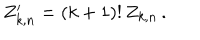
Z _ { k , n } ^ { \prime } = ( k + 1 ) ! \, Z _ { k , n } \, .